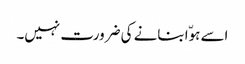
اسے ہوّا بنانے کی ضرورت نہیں۔